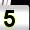
Digit: 5